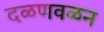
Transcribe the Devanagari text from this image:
दळणवळन